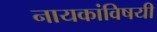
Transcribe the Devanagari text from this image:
नायकांविषयी